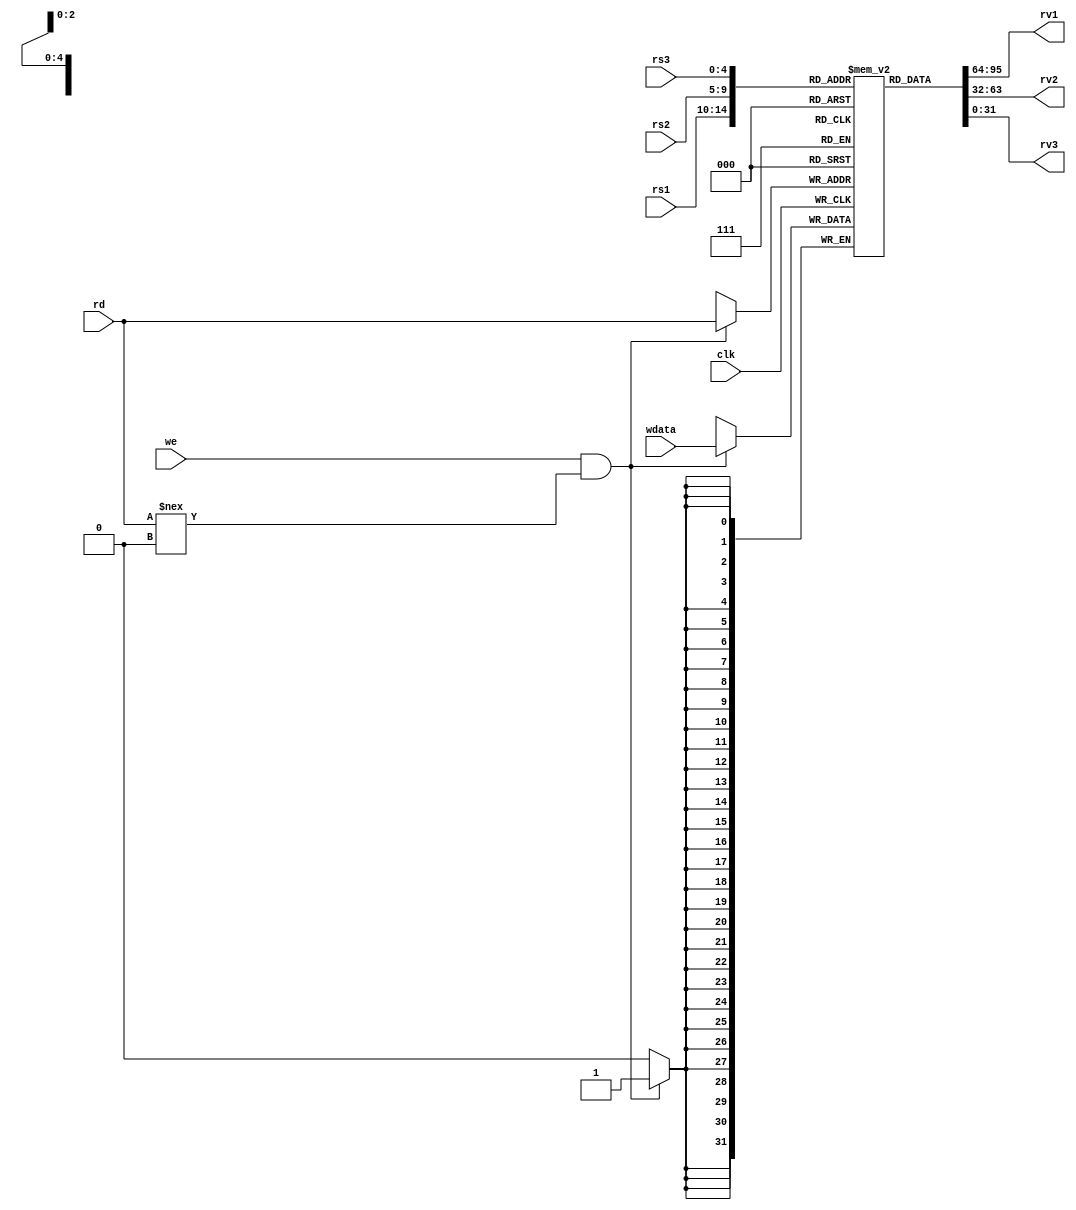
module regfile(
    input [4:0] rs1,     // Source reg 1
    input [4:0] rs2,     // Source reg 2
    input [4:0] rs3,     // Source reg 3
    input [4:0] rd,      // Dest reg
    input we,            // should write update occur
    input [31:0] wdata,  // value to be written
    output [31:0] rv1,   // First read value
    output [31:0] rv2,   // Second read value
    output [31:0] rv3,   // Third read value
    input clk            // Clock signal
);

    reg [31:0] memory [31:0]; // 32 32-bit registers in memory
    integer i;

   //preset internal register values to 0
    initial begin
        for(i=0; i<32; i=i+1) begin
            memory[i] = 32'b0;
        end
    end

    //combinational read block
    assign rv1 = memory[rs1];   //value in register 1 
    assign rv2 = memory[rs2];   //value in register 2
    assign rv3 = memory[rs3];   //value in register 3

    //synchronous write (w.r.t clk) block
    always @(posedge clk) begin
        if (we & rd !== 0) 
            memory[rd] <= wdata;
    end

endmodule